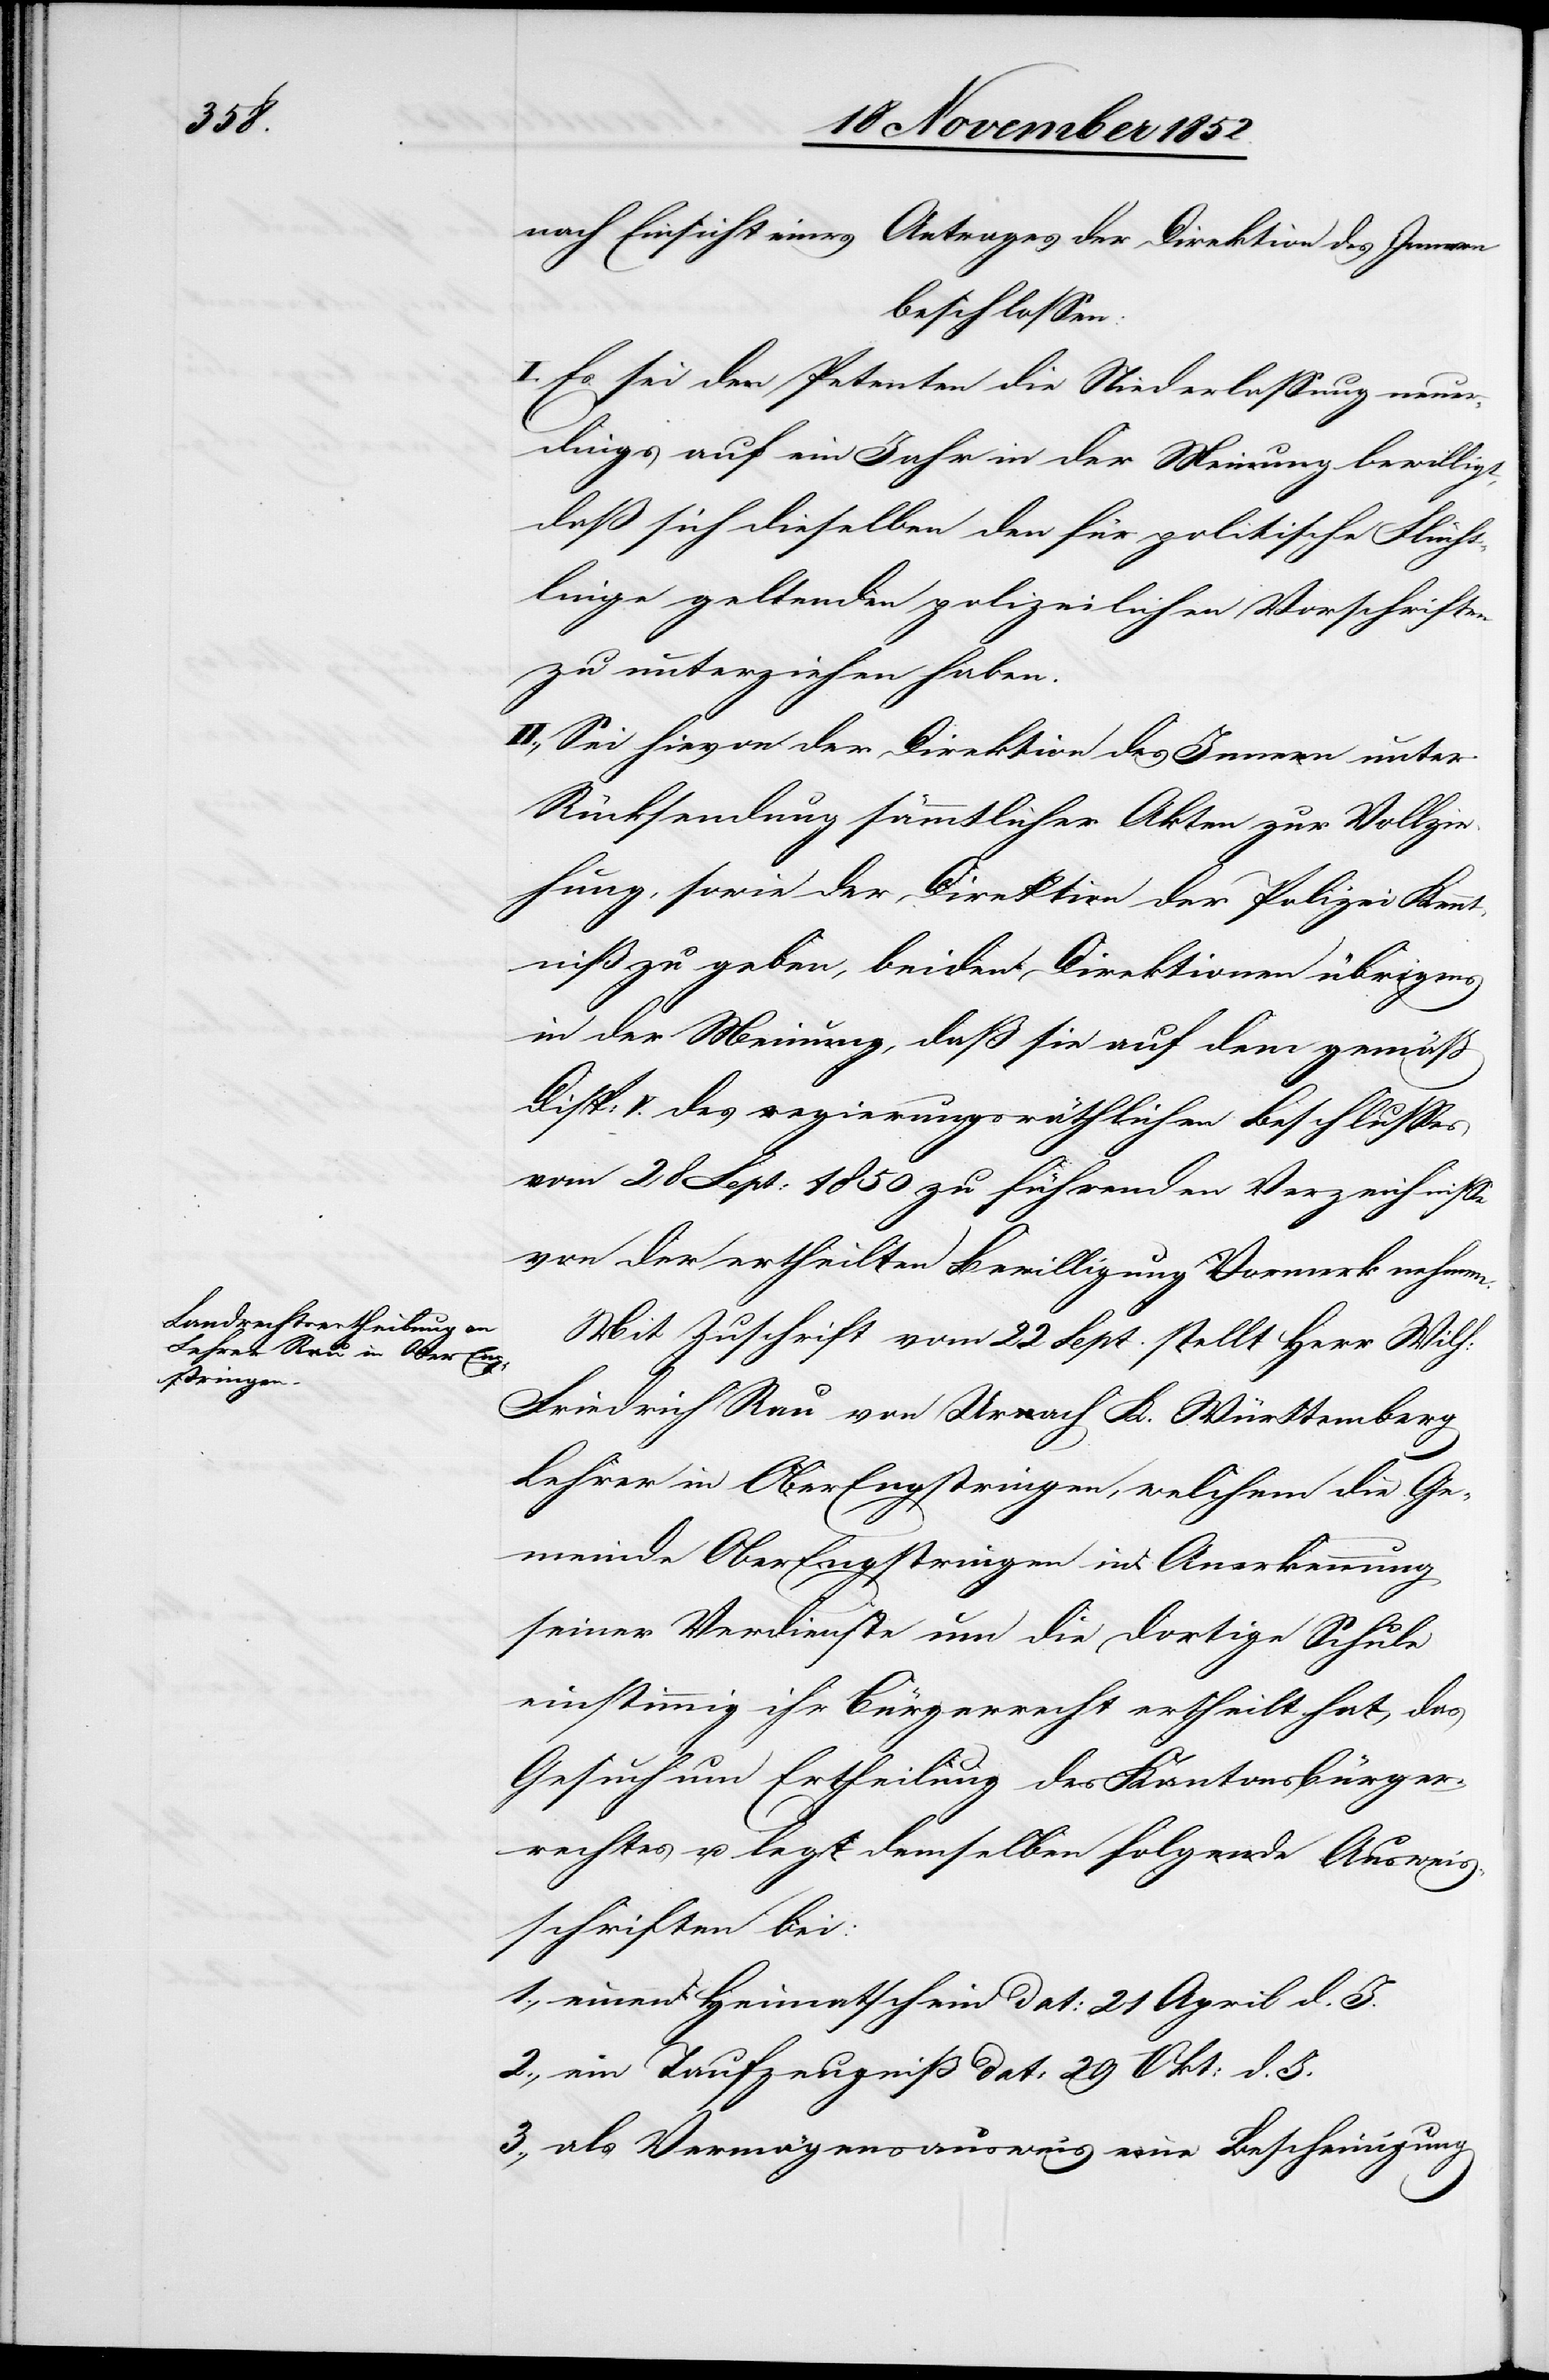
3.,

nach Einsicht eines Antrages der Direktion des Innern
beschlossen:
I. Es sei den Petenten die Niederlassung neuer¬
dings auf ein Jahr in der Meinung bewilligt,
daß sich dieselben den für politische Flücht¬
linge geltenden polizeilichen Vorschriften
zu unterziehen haben.
II., Sei hievon der Direktion des Innern unter
Rücksendung sämmtlicher Akten zur Vollzie¬
hung, sowie der Direktion der Polizei Kennt¬
niß zu geben, beiden Direktionen übrigens
in der Meinung, daß sie auf dem gemäß
Disp: V. des regierungsräthlichen Beschlusses
vom 28 Sept: 1850 zu führenden Verzeichnisse
von der ertheilten Bewilligung Vormerk nehmen.
Mit Zuschrift vom 22 Sept. stellt Herr Wilh:
Friedrich Rau von Urach K. Württemberg
Lehrer in Ober Engstringen, welchem die Ge¬
meinde Ober Engstringen in Anerkennung
seiner Verdienste um die dortige Schule
einstimmig ihr Bürgerrecht ertheilt hat, das
Gesuch um Ertheilung des Kantonsbürger¬
rechtes u. legt demselben folgende Ausweis¬
schriften bei:
einen Heimatschein dat: 21 April d. J.
ein Taufzeugniß dat: 29 Okt: d. J.
als Vermögensausweis eine Bescheinigung